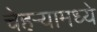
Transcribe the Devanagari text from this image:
चेहर्‍यामध्ये